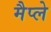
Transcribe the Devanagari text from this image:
मैप्ले